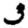
Digit: 3